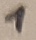
Text: 1